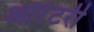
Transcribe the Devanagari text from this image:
ओरेटरी